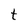
Character: t